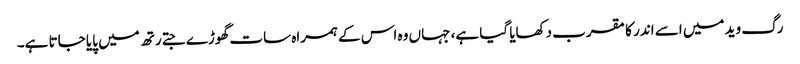
رگ وید میں اسے اندر کا مقرب دکھایا گیا ہے، جہاں وہ اس کے ہمراہ سات گھوڑے جتے رتھ میں پایا جاتا ہے۔